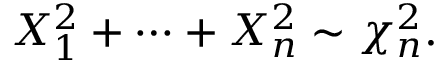
X _ { 1 } ^ { 2 } + \cdots + X _ { n } ^ { 2 } \sim \chi _ { n } ^ { 2 } .